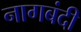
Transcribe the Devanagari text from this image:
नागबंदी